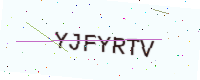
Text: YJFYRTV